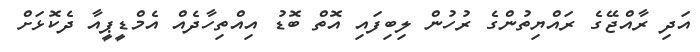
އަދި ރާއްޖޭގެ ރައްޔިތުންގެ ރުހުން ލިބިފައި އޮތް ބޮޑު އިއްތިހާދެއް އެމްޑީޕީއާ ދެކޮޅަށް